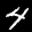
Label: 4